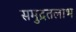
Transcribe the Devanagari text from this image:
समुद्रतलाभ